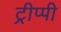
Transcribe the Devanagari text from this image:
ट्रीप्पी